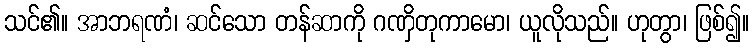
သင်၏။ အာဘရဏံ၊ ဆင်သော တန်ဆာကို ဂဏှိတုကာမော၊ ယူလိုသည်။ ဟုတွာ၊ ဖြစ်၍။